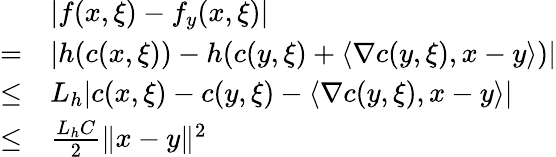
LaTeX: \begin{array}{rl}&{|f(x,\xi)-f_{y}(x,\xi)|}\\ {=}&{|h(c(x,\xi))-h(c(y,\xi)+\langle\nabla c(y,\xi),x-y\rangle)|}\\ {\leq}&{L_{h}|c(x,\xi)-c(y,\xi)-\langle\nabla c(y,\xi),x-y\rangle|}\\ {\leq}&{\frac{L_{h}C}{2}\| x-y\| ^{2}}\end{array}